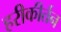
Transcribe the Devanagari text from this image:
हरीकीर्तन